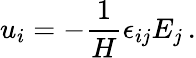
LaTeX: u_{i}=-\frac{1}{H}\epsilon_{ij}E_{j}\, .